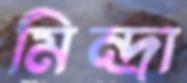
মিন্দ্রা